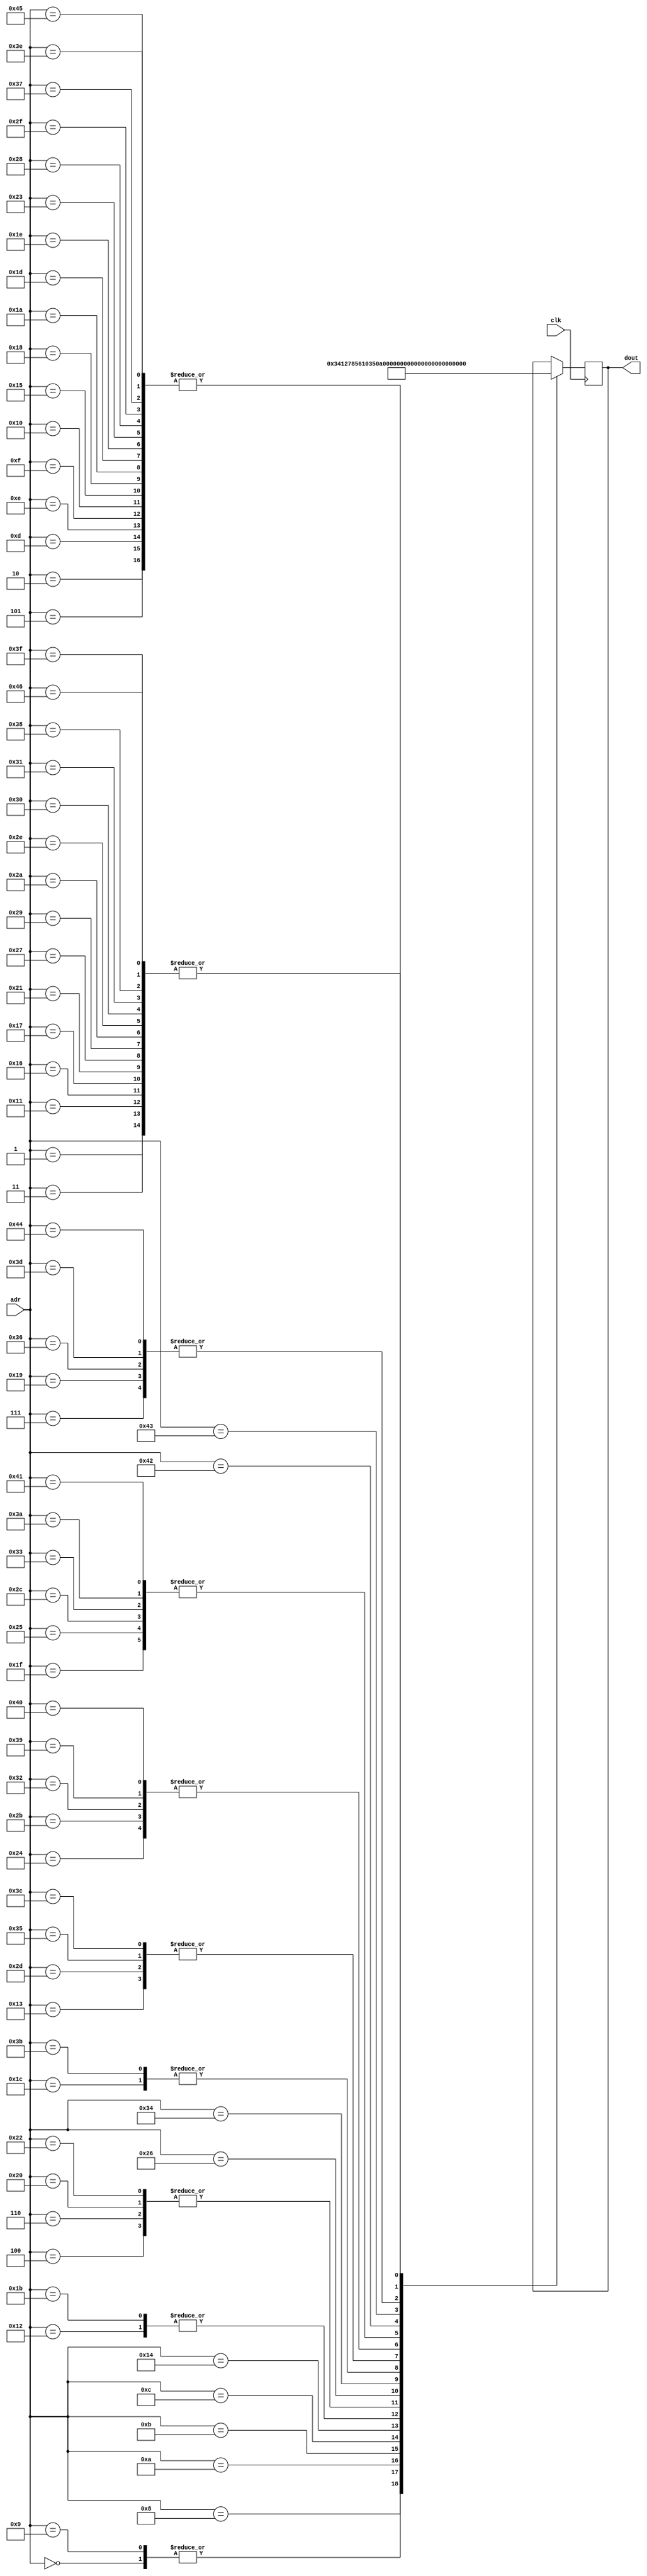
module usb1d_rom1(clk, adr, dout);
input		clk;
input	[6:0]	adr;
output	[7:0]	dout;

reg	[7:0]	dout;

always @(posedge clk)
	case(adr)	// synopsys full_case parallel_case

		// ====================================
		// =====    DEVICE Descriptor     =====
		// ====================================

	   7'h00:	dout <= #1 8'd18;	// this descriptor length
	   7'h01:	dout <= #1 8'h01;	// descriptor type
	   7'h02:	dout <= #1 8'h00;	// USB version low byte
	   7'h03:	dout <= #1 8'h01;	// USB version high byte
	   7'h04:	dout <= #1 8'hff;	// device class
	   7'h05:	dout <= #1 8'h00;	// device sub class
	   7'h06:	dout <= #1 8'hff;	// device protocol
	   7'h07:	dout <= #1 8'd64;	// max packet size
	   7'h08:	dout <= #1 8'h34;	// vendor ID low byte
	   7'h09:	dout <= #1 8'h12;	// vendor ID high byte
	   7'h0a:	dout <= #1 8'h78;	// product ID low byte
	   7'h0b:	dout <= #1 8'h56;	// product ID high byte
	   7'h0c:	dout <= #1 8'h10;	// device rel. number low byte
	   7'h0d:	dout <= #1 8'h00;	// device rel. number high byte
	   7'h0e:	dout <= #1 8'h00;	// Manufacturer String Index
	   7'h0f:	dout <= #1 8'h00;	// Product Descr. String Index
	   7'h10:	dout <= #1 8'h00;	// S/N String Index
	   7'h11:	dout <= #1 8'h01;	// Number of possible config.

		// ====================================
		// ===== Configuration Descriptor =====
		// ====================================
	   7'h12:	dout <= #1 8'h09;	// this descriptor length
	   7'h13:	dout <= #1 8'h02;	// descriptor type
	   7'h14:	dout <= #1 8'd53;	// total data length low byte
	   7'h15:	dout <= #1 8'd00;	// total data length high byte
	   7'h16:	dout <= #1 8'h01;	// number of interfaces
	   7'h17:	dout <= #1 8'h01;	// number of configurations
	   7'h18:	dout <= #1 8'h00;	// Conf. String Index
	   7'h19:	dout <= #1 8'h40;	// Config. Characteristics
	   7'h1a:	dout <= #1 8'h00;	// Max. Power Consumption

		// ====================================
		// =====   Interface Descriptor   =====
		// ====================================
	   7'h1b:	dout <= #1 8'h09;	// this descriptor length
	   7'h1c:	dout <= #1 8'h04;	// descriptor type
	   7'h1d:	dout <= #1 8'h00;	// interface number
	   7'h1e:	dout <= #1 8'h00;	// alternate setting
	   7'h1f:	dout <= #1 8'h05;	// number of endpoints
	   7'h20:	dout <= #1 8'hff;	// interface class
	   7'h21:	dout <= #1 8'h01;	// interface sub class
	   7'h22:	dout <= #1 8'hff;	// interface protocol
	   7'h23:	dout <= #1 8'h00;	// interface string index

		// ====================================
		// =====   Endpoint 1 Descriptor  =====
		// ====================================
	   7'h24:	dout <= #1 8'h07;	// this descriptor length
	   7'h25:	dout <= #1 8'h05;	// descriptor type
	   7'h26:	dout <= #1 8'h81;	// endpoint address
	   7'h27:	dout <= #1 8'h01;	// endpoint attributes
	   7'h28:	dout <= #1 8'h00;	// max packet size low byte
	   7'h29:	dout <= #1 8'h01;	// max packet size high byte
	   7'h2a:	dout <= #1 8'h01;	// polling interval

		// ====================================
		// =====   Endpoint 2 Descriptor  =====
		// ====================================
	   7'h2b:	dout <= #1 8'h07;	// this descriptor length
	   7'h2c:	dout <= #1 8'h05;	// descriptor type
	   7'h2d:	dout <= #1 8'h02;	// endpoint address
	   7'h2e:	dout <= #1 8'h01;	// endpoint attributes
	   7'h2f:	dout <= #1 8'h00;	// max packet size low byte
	   7'h30:	dout <= #1 8'h01;	// max packet size high byte
	   7'h31:	dout <= #1 8'h01;	// polling interval

		// ====================================
		// =====   Endpoint 3 Descriptor  =====
		// ====================================
	   7'h32:	dout <= #1 8'h07;	// this descriptor length
	   7'h33:	dout <= #1 8'h05;	// descriptor type
	   7'h34:	dout <= #1 8'h83;	// endpoint address
	   7'h35:	dout <= #1 8'h02;	// endpoint attributes
	   7'h36:	dout <= #1 8'd64;	// max packet size low byte
	   7'h37:	dout <= #1 8'd00;	// max packet size high byte
	   7'h38:	dout <= #1 8'h01;	// polling interval

		// ====================================
		// =====   Endpoint 4 Descriptor  =====
		// ====================================
	   7'h39:	dout <= #1 8'h07;	// this descriptor length
	   7'h3a:	dout <= #1 8'h05;	// descriptor type
	   7'h3b:	dout <= #1 8'h04;	// endpoint address
	   7'h3c:	dout <= #1 8'h02;	// endpoint attributes
	   7'h3d:	dout <= #1 8'd64;	// max packet size low byte
	   7'h3e:	dout <= #1 8'd00;	// max packet size high byte
	   7'h3f:	dout <= #1 8'h01;	// polling interval

		// ====================================
		// =====   Endpoint 5 Descriptor  =====
		// ====================================
	   7'h40:	dout <= #1 8'h07;	// this descriptor length
	   7'h41:	dout <= #1 8'h05;	// descriptor type
	   7'h42:	dout <= #1 8'h85;	// endpoint address
	   7'h43:	dout <= #1 8'h03;	// endpoint attributes
	   7'h44:	dout <= #1 8'd64;	// max packet size low byte
	   7'h45:	dout <= #1 8'd00;	// max packet size high byte
	   7'h46:	dout <= #1 8'h01;	// polling interval

/*
		// ====================================
		// ===== String Descriptor Lang ID=====
		// ====================================

	   7'h47:	dout <= #1 8'd06;	// this descriptor length
	   7'h48:	dout <= #1 8'd03;	// descriptor type

	   7'h49:	dout <= #1 8'd09;	// Language ID 0 low byte
	   7'h4a:	dout <= #1 8'd04;	// Language ID 0 high byte

	   7'h4b:	dout <= #1 8'd09;	// Language ID 1 low byte
	   7'h4c:	dout <= #1 8'd04;	// Language ID 1 high byte

	   7'h4d:	dout <= #1 8'd09;	// Language ID 2 low byte
	   7'h4e:	dout <= #1 8'd04;	// Language ID 2 high byte

		// ====================================
		// =====   String Descriptor 0    =====
		// ====================================

	   7'h50:	dout <= #1 8'd010;	// this descriptor length
	   7'h51:	dout <= #1 8'd03;	// descriptor type
	   7'h52:	dout <= #1 "0";
	   7'h53:	dout <= #1 " ";
	   7'h54:	dout <= #1 "g";
	   7'h55:	dout <= #1 "n";
	   7'h56:	dout <= #1 "i";
	   7'h57:	dout <= #1 "r";
	   7'h58:	dout <= #1 "t";
	   7'h59:	dout <= #1 "S";

		// ====================================
		// =====   String Descriptor 1    =====
		// ====================================

	   7'h60:	dout <= #1 8'd010;	// this descriptor length
	   7'h61:	dout <= #1 8'd03;	// descriptor type
	   7'h62:	dout <= #1 "1";
	   7'h63:	dout <= #1 " ";
	   7'h64:	dout <= #1 "g";
	   7'h65:	dout <= #1 "n";
	   7'h66:	dout <= #1 "i";
	   7'h67:	dout <= #1 "r";
	   7'h68:	dout <= #1 "t";
	   7'h69:	dout <= #1 "S";

		// ====================================
		// =====   String Descriptor 2    =====
		// ====================================

	   7'h70:	dout <= #1 8'd010;	// this descriptor length
	   7'h71:	dout <= #1 8'd03;	// descriptor type
	   7'h72:	dout <= #1 "2";
	   7'h73:	dout <= #1 " ";
	   7'h74:	dout <= #1 "g";
	   7'h75:	dout <= #1 "n";
	   7'h76:	dout <= #1 "i";
	   7'h77:	dout <= #1 "r";
	   7'h78:	dout <= #1 "t";
	   7'h79:	dout <= #1 "S";

*/

		// ====================================
		// ====================================

	   //default:	dout <= #1 8'd00;
	endcase

endmodule